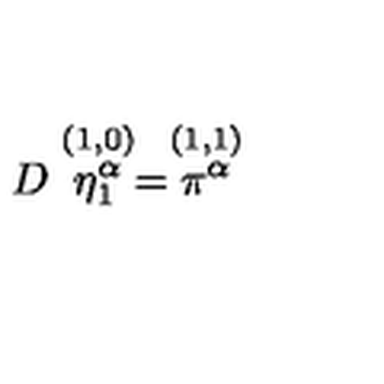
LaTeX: D \stackrel { ( 1 , 0 ) } { \eta _ { 1 } ^ { \alpha } } = \stackrel { ( 1 , 1 ) } { \pi ^ { \alpha } }